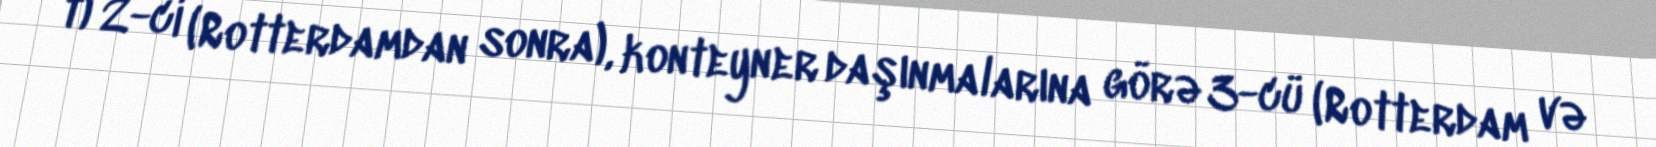
t) 2-ci (Rotterdamdan sonra), konteyner daşınmalarına görə 3-cü (Rotterdam və